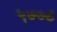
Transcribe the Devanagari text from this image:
५७७८